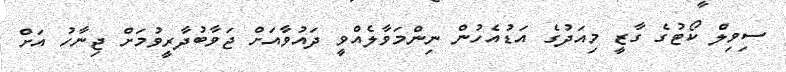
ސިވިލް ކޯޓުގެ ގާޒީ މިއަދުގެ އަޑުއެހުން ނިންމަވާލެއްވީ ދައުވާއަށް ޖަވާބުދާރީވުމަށް ޖިނާހު އަށް